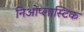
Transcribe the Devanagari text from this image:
निओप्लास्टिक